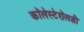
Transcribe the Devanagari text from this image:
कॉलेस्टेरॉलशी